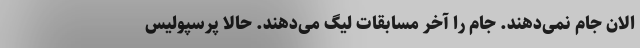
الان جام نمی‌دهند. جام را آخر مسابقات لیگ می‌دهند. حالا پرسپولیس